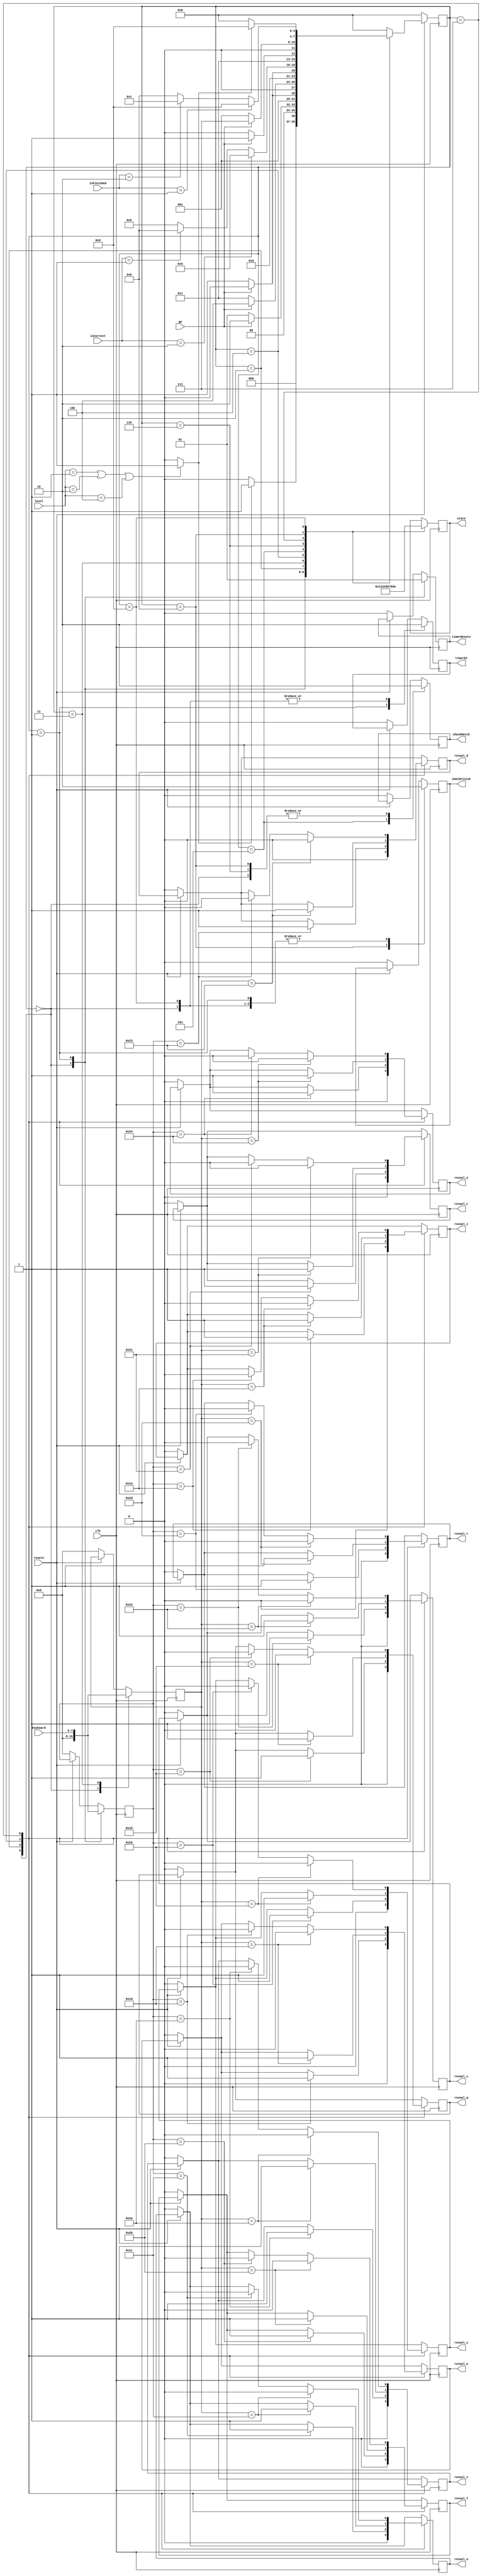
module control(
    input clk, input resetn,
    input [2:0] level, input go,
	 input [7:0] keyboard, input [1:0] isCorrect, input [1:0] isFinished,
	 output reg reveal_q, output reg reveal_w, output reg reveal_e, output reg reveal_r,
	 output reg reveal_a, output reg reveal_s, output reg reveal_d, output reg reveal_f, 
	 output reg reveal_z, output reg reveal_x, output reg reveal_c, output reg reveal_v,
	 output reg checkMatch, output reg checkFinish,
	 output reg timerEn, output reg timerResetn, output reg [3:0] state
    );
	 
	 // Go Signals
	 reg switchGo;
	 always @(*) begin
		//go signal for level choosing
		if (level == 3'b001 || level == 3'b010 || level == 3'b100) switchGo = 1;
		else switchGo = 0;
	 end

    reg [3:0] current_state, next_state; 
    
    localparam  S_CHOOSE_LEVEL  = 4'd0,
                S_FIRST_CARD    = 4'd1,
					 S_FIRST_WAIT	  = 4'd2,
                S_SECOND_CARD   = 4'd3,
					 S_SECOND_WAIT	  = 4'd4,
					 S_CHECK			  = 4'd5,
					 // Incorrect match
                S_INCORRECT     = 4'd6,
					 S_INCORRECT_WAIT= 4'd7,
                // Correct match
					 S_CORRECT		  = 4'd8,
					 S_IS_FINISHED	  = 4'd9;
					 
    
    // Next state logic aka our state table
    always @(*)
    begin: state_table 
            case (current_state)
                S_CHOOSE_LEVEL: next_state = switchGo ? S_FIRST_CARD : S_CHOOSE_LEVEL; // Loop in current state until value is input
                S_FIRST_CARD: next_state = go ? S_FIRST_WAIT : S_FIRST_CARD;
					 S_FIRST_WAIT: next_state = go ? S_FIRST_WAIT : S_SECOND_CARD;
                S_SECOND_CARD: next_state = go ? S_SECOND_WAIT : S_SECOND_CARD;
					 S_SECOND_WAIT: next_state = go ? S_SECOND_WAIT : S_CHECK;
					 S_CHECK: begin
						if (isCorrect == 2'd2) next_state = S_INCORRECT;
						else if (isCorrect == 2'd1) next_state = S_CORRECT;
						else next_state = S_CHECK;
					 end
					 // Incorrect
					 S_INCORRECT: next_state = go ? S_INCORRECT_WAIT : S_INCORRECT;
					 S_INCORRECT_WAIT: next_state = go ? S_INCORRECT_WAIT : S_FIRST_CARD;
					 // Correct 
                S_CORRECT: begin
						if (isFinished == 2'd1) next_state = S_IS_FINISHED;
						else if (isFinished == 2'd2) next_state = S_FIRST_CARD;
						else next_state = S_CORRECT;
					 end
					 // Finished
					 S_IS_FINISHED: next_state = switchGo ? S_IS_FINISHED : S_CHOOSE_LEVEL;
            default: begin
					next_state = S_CHOOSE_LEVEL;
				end
        endcase
    end // state_table
   
		

	 reg [7:0] temp1;
	 reg [7:0] temp2;
    // Output logic aka all of our datapath control signals
    always @(posedge clk)
    begin: enable_signals
        // By default make all our signals 0
		  if (!resetn)begin
			reveal_q <= 0; reveal_w <= 0; reveal_e <= 0; reveal_r <= 0;
			reveal_a <= 0; reveal_s <= 0; reveal_d <= 0; reveal_f <= 0; 
			reveal_z <= 0; reveal_x <= 0; reveal_c <= 0; reveal_v <= 0;
			checkMatch <= 0; checkFinish <= 0;
			timerEn <= 0;
			timerResetn <= 0;
			temp1 <= 8'h00;
			temp2 <= 8'h00;
		  end

        case (current_state)
            S_CHOOSE_LEVEL: begin
					reveal_q <= 0; reveal_w <= 0; reveal_e <= 0; reveal_r <= 0;
					reveal_a <= 0; reveal_s <= 0; reveal_d <= 0; reveal_f <= 0; 
					reveal_z <= 0; reveal_x <= 0; reveal_c <= 0; reveal_v <= 0;
					checkMatch <= 0; checkFinish <= 0;
					timerEn <= 0;
					timerResetn <= 0;
					temp1 <= 8'h00;
					temp2 <= 8'h00;
state <= 4'd1;
				end
				S_FIRST_CARD: begin
state <= 4'd2;
					timerEn <= 1;
					timerResetn <= 1;
					checkFinish <= 0;
					temp1 <= keyboard;
//					case (level)
//						3'b001: begin
//							if (keyboard == 8'h15 || keyboard == 8'h1D || keyboard == 8'h1C || keyboard == 8'h1B)
//								temp1 <= keyboard;
//						end
//						3'b010: begin
//							if (keyboard == 8'h15 || keyboard == 8'h1D || keyboard == 8'h24 || keyboard == 8'h1C || keyboard == 8'h1B || keyboard == 8'h23)
//								temp1 <= keyboard;
//						end
//						3'b100: begin
//							if (keyboard == 8'h15 || keyboard == 8'h1D || keyboard == 8'h24 || keyboard == 8'h2D || keyboard == 8'h1C || keyboard == 8'h1B || keyboard == 8'h23 || keyboard == 8'h2B || keyboard == 8'h1A || keyboard == 8'h22 || keyboard == 8'h21 || keyboard == 8'h2A)
//								temp1 <= keyboard;
//						end
//					endcase
				end
				S_FIRST_WAIT: begin
state <= 4'd3;
					case(temp1)
						8'h15: reveal_q <= 1;
						8'h1D: reveal_w <= 1;
						8'h24: reveal_e <= 1;
						8'h2D: reveal_r <= 1;
						8'h1C: reveal_a <= 1;
						8'h1B: reveal_s <= 1;
						8'h23: reveal_d <= 1;
						8'h2B: reveal_f <= 1;
						8'h1A: reveal_z <= 1;
						8'h22: reveal_x <= 1;
						8'h21: reveal_c <= 1;
						8'h2A: reveal_v <= 1;
					endcase
				end
				S_SECOND_CARD: begin
state <= 4'd4;
					temp2 <= keyboard;
//					case (level)
//						3'b001: begin
//							if (keyboard == 8'h15 || keyboard == 8'h1D || keyboard == 8'h1C || keyboard == 8'h1B)
//								temp2 <= keyboard;
//						end
//						3'b010: begin
//							if (keyboard == 8'h15 || keyboard == 8'h1D || keyboard == 8'h24 || keyboard == 8'h1C || keyboard == 8'h1B || keyboard == 8'h23)
//								temp2 <= keyboard;
//						end
//						3'b100: begin
//							if (keyboard == 8'h15 || keyboard == 8'h1D || keyboard == 8'h24 || keyboard == 8'h2D || keyboard == 8'h1C || keyboard == 8'h1B || keyboard == 8'h23 || keyboard == 8'h2B || keyboard == 8'h1A || keyboard == 8'h22 || keyboard == 8'h21 || keyboard == 8'h2A)
//								temp2 <= keyboard;
//						end
//					endcase
				end
				S_SECOND_WAIT: begin
state <= 4'd5;
					case(temp2)
						8'h15: reveal_q <= 1;
						8'h1D: reveal_w <= 1;
						8'h24: reveal_e <= 1;
						8'h2D: reveal_r <= 1;
						8'h1C: reveal_a <= 1;
						8'h1B: reveal_s <= 1;
						8'h23: reveal_d <= 1;
						8'h2B: reveal_f <= 1;
						8'h1A: reveal_z <= 1;
						8'h22: reveal_x <= 1;
						8'h21: reveal_c <= 1;
						8'h2A: reveal_v <= 1;
					endcase
				end
				S_CHECK: begin
state <= 4'd6;
					checkMatch <= 1;
				end
				S_INCORRECT: begin
state <= 4'd7;
					checkMatch <= 0;
				end
				S_INCORRECT_WAIT: begin
state <= 4'd8;
					case(temp1)
						8'h15: reveal_q <= 0;
						8'h1D: reveal_w <= 0;
						8'h24: reveal_e <= 0;
						8'h2D: reveal_r <= 0;
						8'h1C: reveal_a <= 0;
						8'h1B: reveal_s <= 0;
						8'h23: reveal_d <= 0;
						8'h2B: reveal_f <= 0;
						8'h1A: reveal_z <= 0;
						8'h22: reveal_x <= 0;
						8'h21: reveal_c <= 0;
						8'h2A: reveal_v <= 0;
					endcase
					case(temp2)
						8'h15: reveal_q <= 0;
						8'h1D: reveal_w <= 0;
						8'h24: reveal_e <= 0;
						8'h2D: reveal_r <= 0;
						8'h1C: reveal_a <= 0;
						8'h1B: reveal_s <= 0;
						8'h23: reveal_d <= 0;
						8'h2B: reveal_f <= 0;
						8'h1A: reveal_z <= 0;
						8'h22: reveal_x <= 0;
						8'h21: reveal_c <= 0;
						8'h2A: reveal_v <= 0;
					endcase
				end
				S_CORRECT: begin
state <= 4'd9;
					checkMatch <= 0;
					checkFinish <= 1;
				end
				S_IS_FINISHED: begin
state <= 4'd10;
					checkFinish <= 0;
					timerEn <= 0;
				end
        endcase
    end // enable_signals
   
    // current_state registers
    always@(posedge clk)
    begin: state_FFs
		if (!resetn)
			current_state <= S_CHOOSE_LEVEL;
		else
			current_state <= next_state;
    end // state_FFS
	 
endmodule